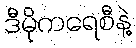
ဒီမိုကရေစီနဲ့